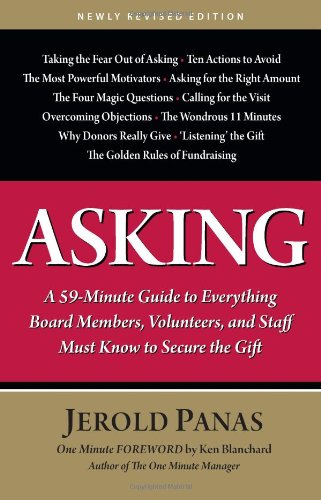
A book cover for Asking: A 59-Minute Guide to Everything Board Members, Volunteers, and Staff Must Know to Secure the Gift, Newly Revised Edition; Jerold Panas; Business & Money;